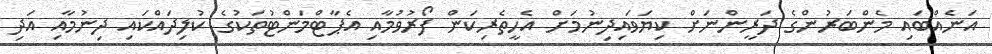
އަނެއްބައި މެންބަރުންގެ ދަރީންނަށް ކިޔަވައިދިނުމަށް އެހީތެރިކަން ފޯރުވުމާއި އެޕާޓްމަންޓުތަކުގެ ކުލިދައްކައި ދިނުމާއި އަދި